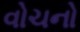
વોચનો